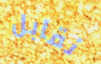
نقابل